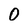
Character: 0